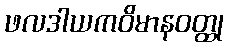
ဖလဒါယကဝိမာနဝတ္ထု